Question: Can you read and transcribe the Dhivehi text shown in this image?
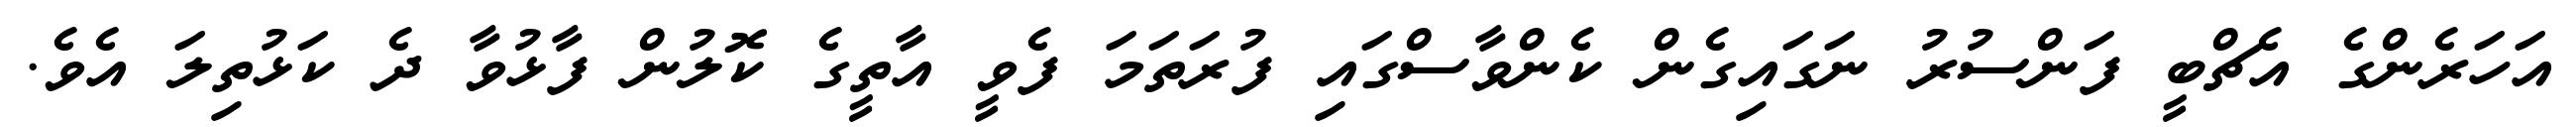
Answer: އަހަރެންގެ އެޗްބީ ފަންސުރު ނަގައިގެން ކެންވާސްގައި ފުރަތަމަ ފެވީ އާތީގެ ކޮލުން ފާޅުވާ ދެ ކަޅުތިލަ އެވެ.